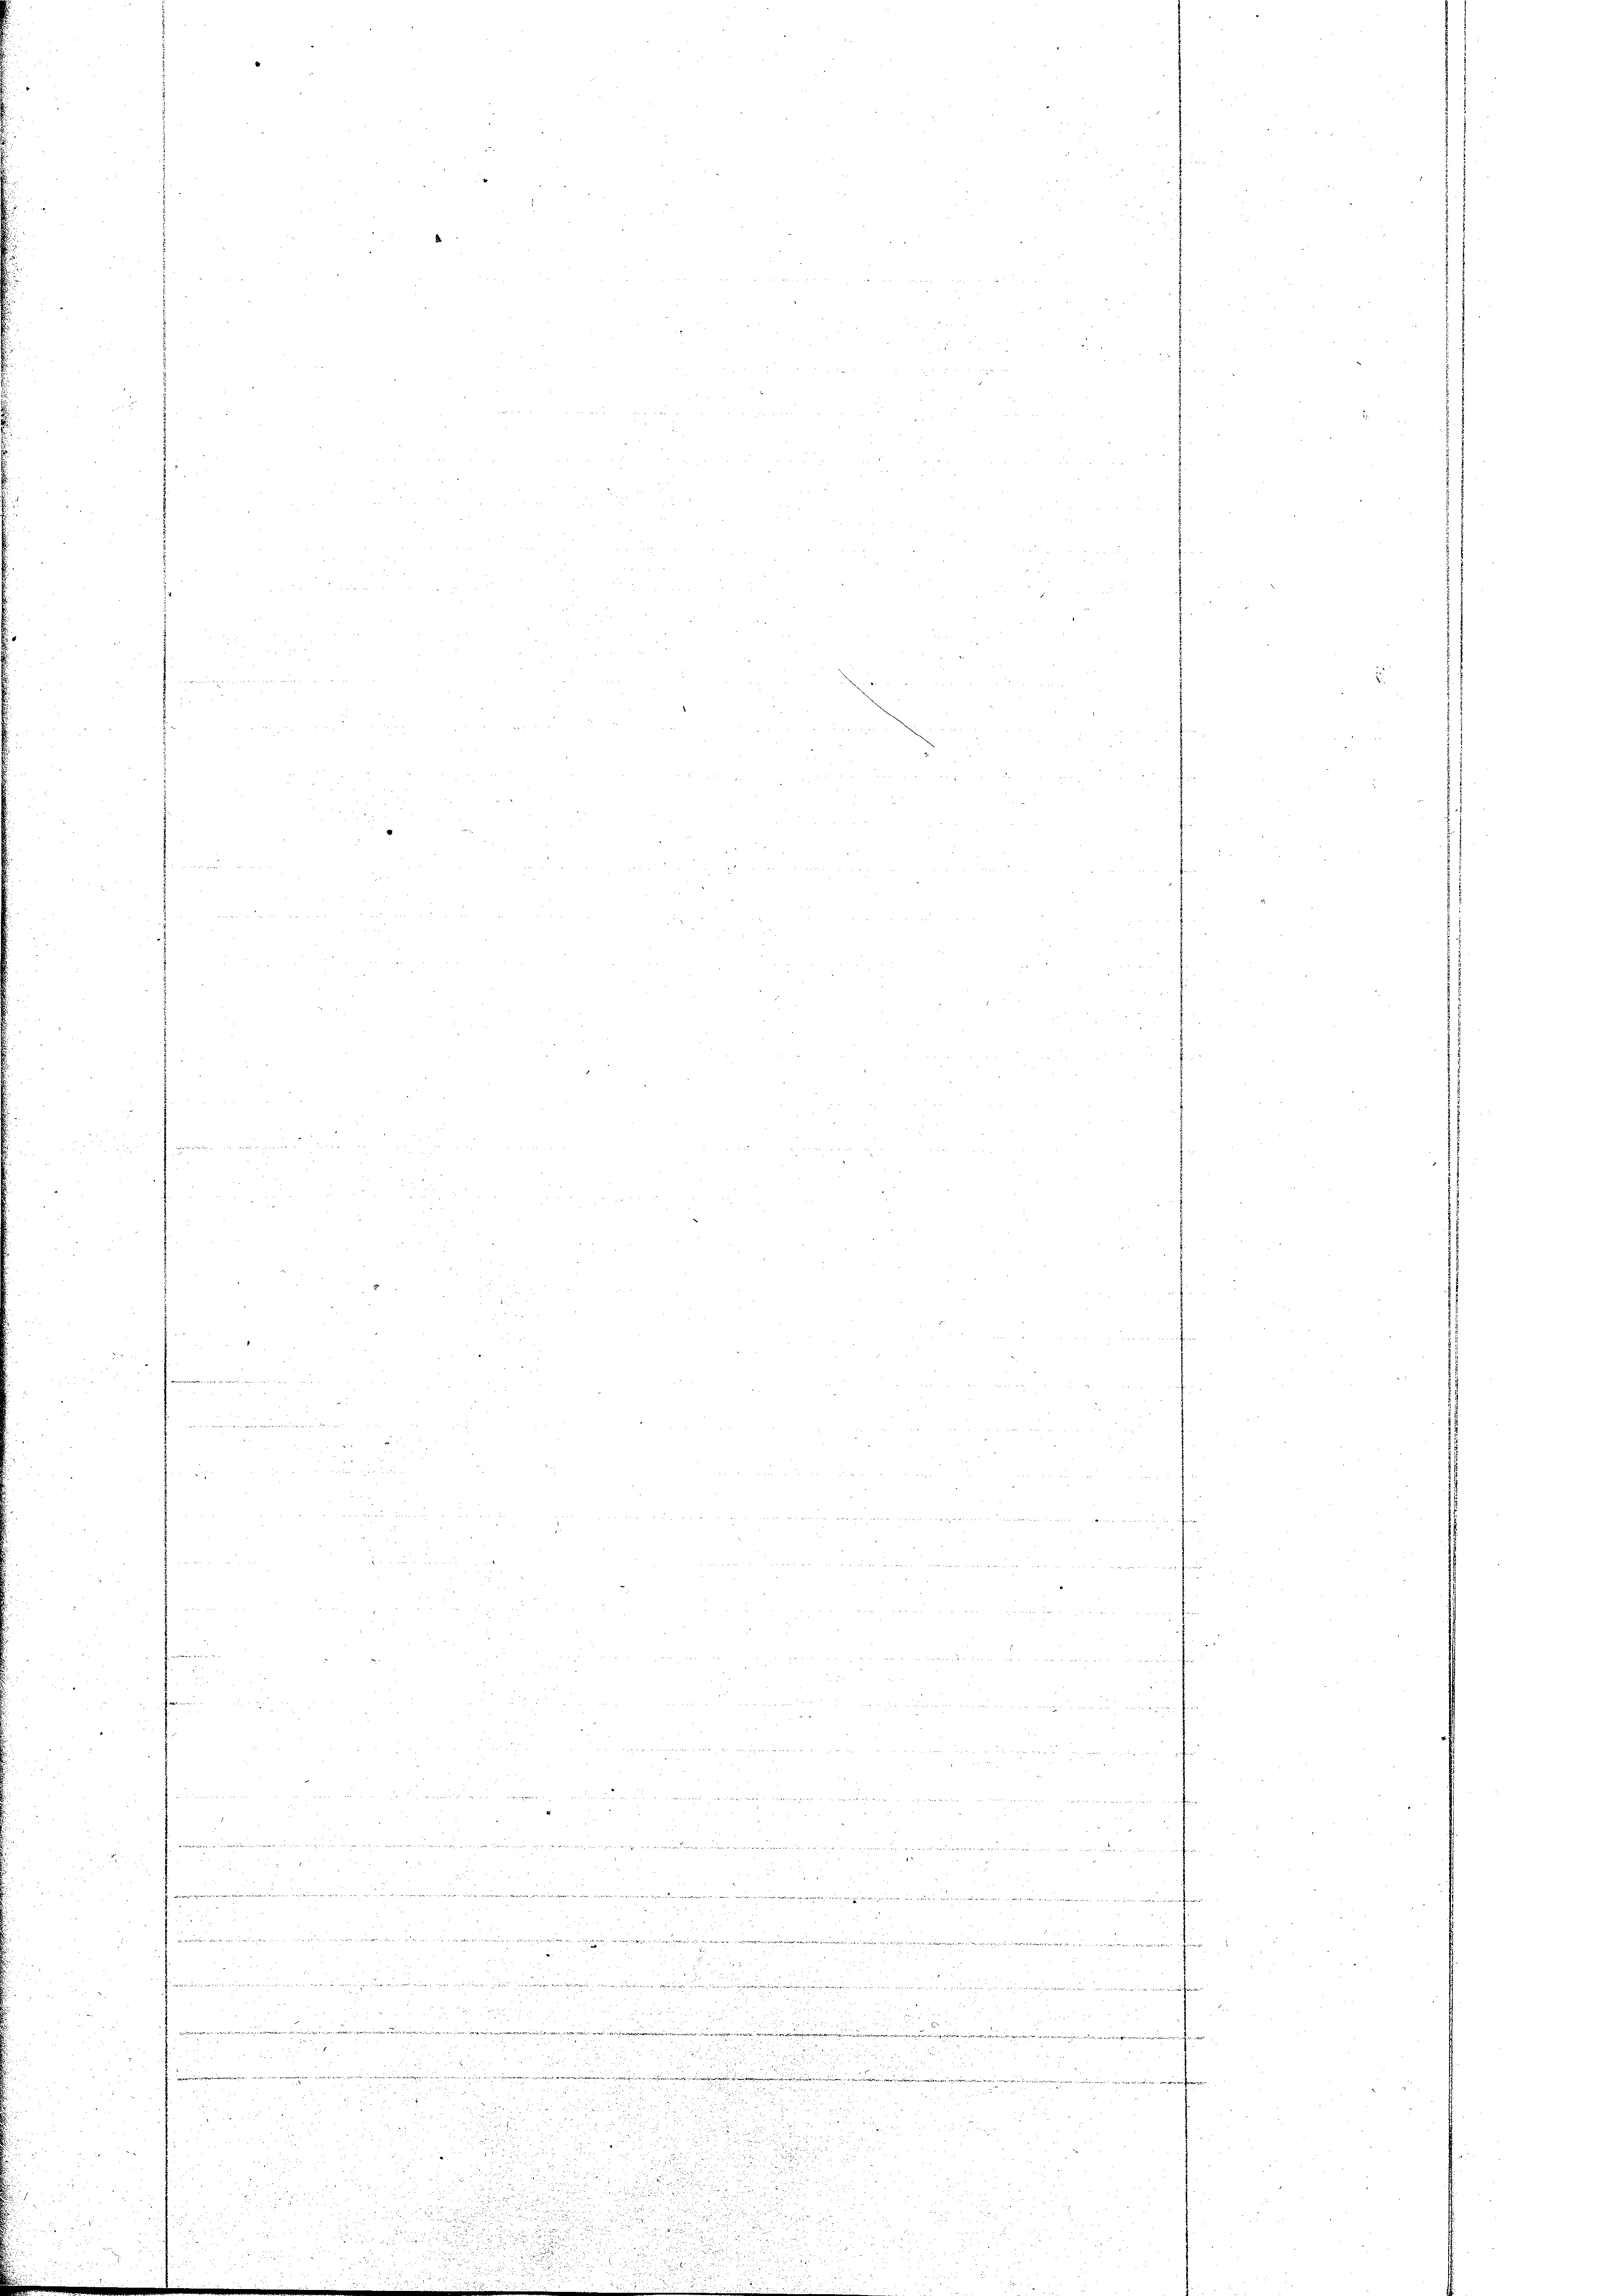
2
182

Beamte

f 0 x

5 f 0 x

x
een war eingerege

28

 25

u
.

n

n
d
s
.

n
5
u

f 54 f 0 x

w   den in ach

.

Fr. 18
.

5552

we ............

u

55
ana,  ..  ..  .. ..

 pr.

u